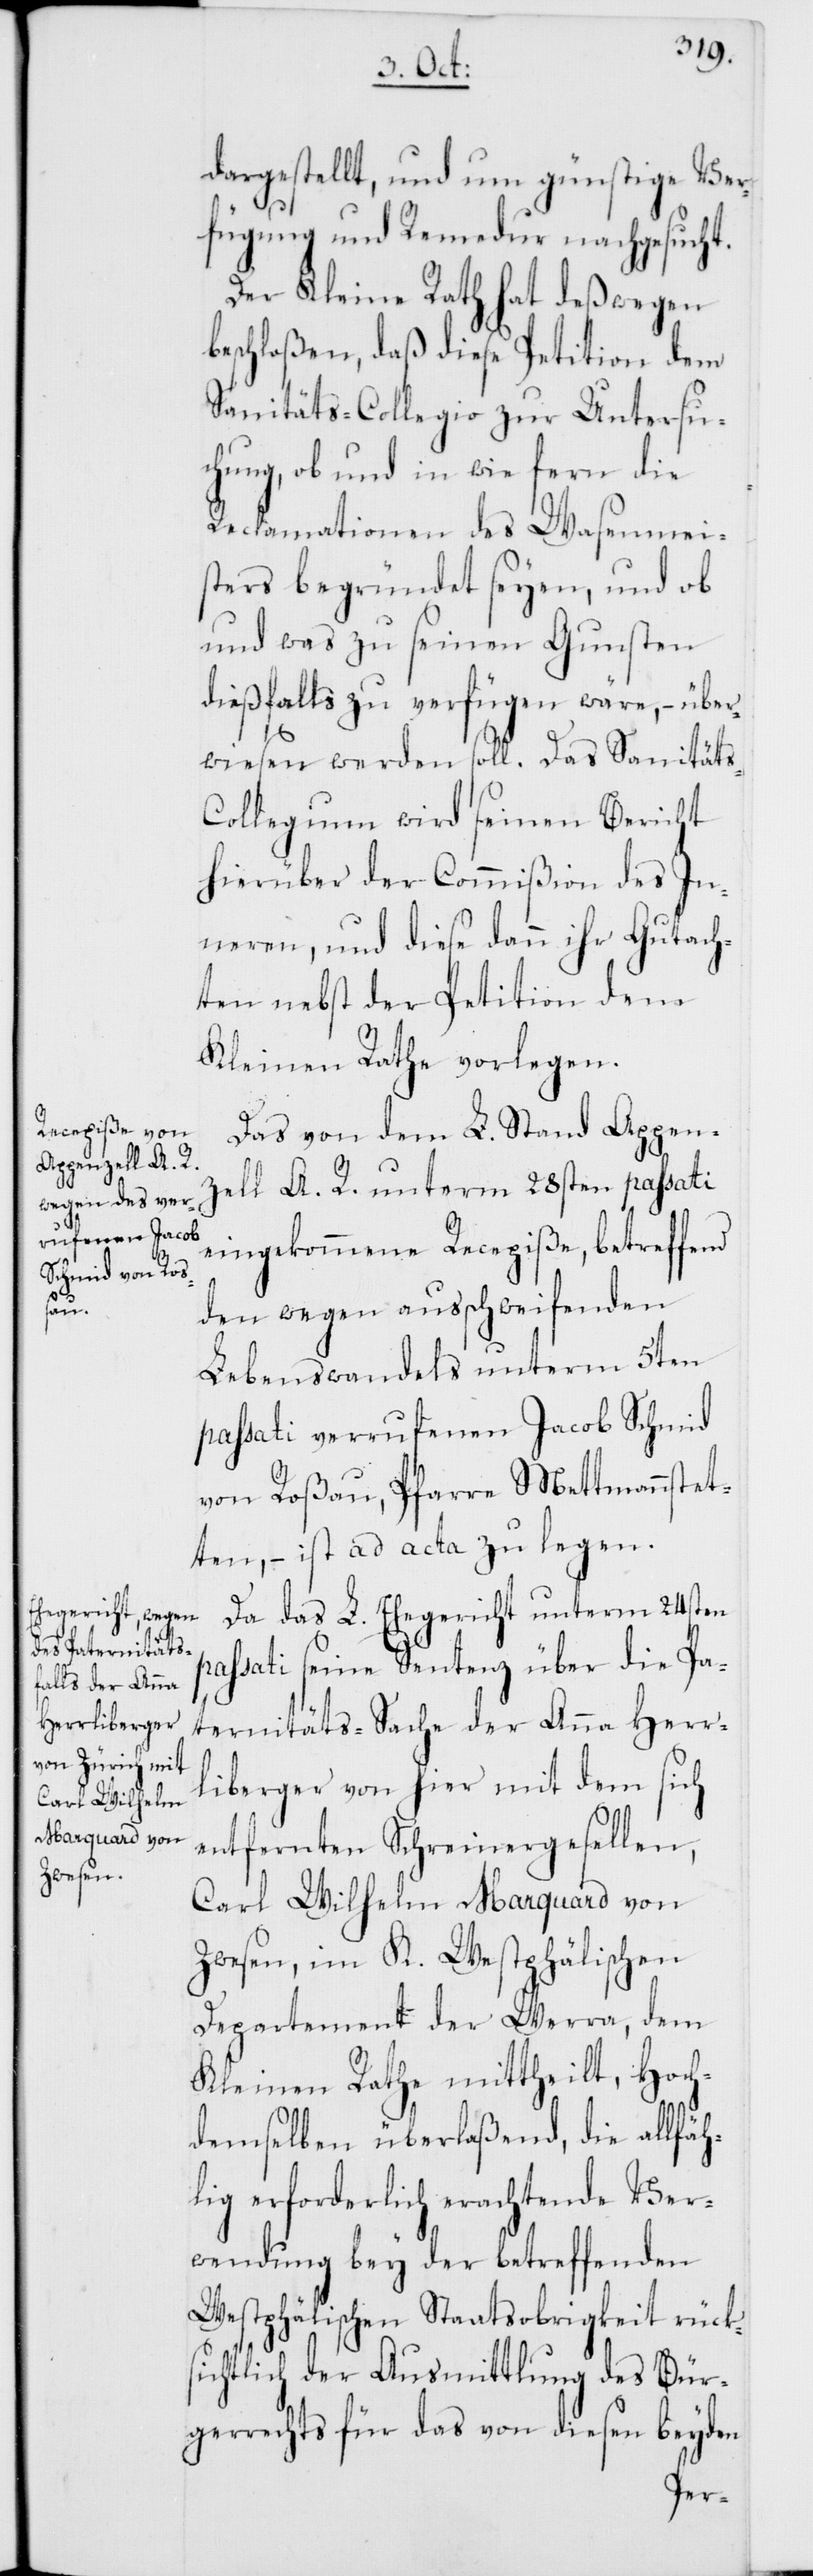
p¬

dargestellt, und um günstige Ver¬
fügung und Remedur nachgesucht.
Der Kleine Rath hat deßwegen
beschloßen, daß diese Petition dem
Sanitäts-Collegio zur Untersu¬
chung, ob und in wie fern die
Reclamationen des Wasenmei¬
sters begründet seyen, und ob
und was zu seinen Gunsten
dießfalls zu verfügen wäre, – über¬
wiesen werden soll. Das Sanitäts-C¬
ollegium wird seinen Bericht
hierüber der Commißion des In¬
neren, und diese dann ihr Gutach¬
ten nebst der Petition dem
Kleinen Rathe vorlegen.
Das von dem L. Stand Appen¬
zell A. R. unterm 28sten passati
eingekommene Recepiße, betreffend
den wegen ausschweifenden
Lebenswandels unterm 5ten
passati verrufenen Jacob Schmid
von Roßau, Pfarre Mettmannstet¬
ten, – ist ad acta zu legen.
Da das L. Ehegericht unterm 24sten
assati seine Sentenz über die Pa¬
ternitäts-Sache der Anna Herr¬
liberger von hier mit dem sich
entfernten Schreinergesellen,
Carl Wilhelm Marquard von
Zwesen im K. Westphälischen
Departement der Werra, dem
Kleinen Rathe mittheilt, Hoch¬
demselben überlaßend, die allfäh¬
lig erforderlich erachtende Ver¬
wendung bey der betreffenden
Westphälischen Staatsobrigkeit rücks¬
ichtlich der Ausmittlung des Bür¬
gerrechts für das von diesen beyden